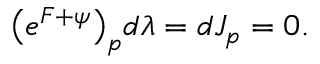
\big ( e ^ { \cal F + \psi } \big ) _ { p } d \lambda = d J _ { p } = 0 .